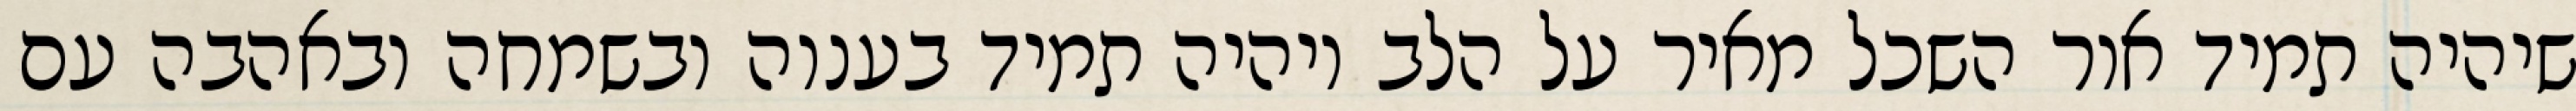
שיהיה תמיד אור השכל מאיר על הלב ויהיה תמיד בענוה ובשמחה ובאהבה עם